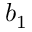
b _ { 1 }